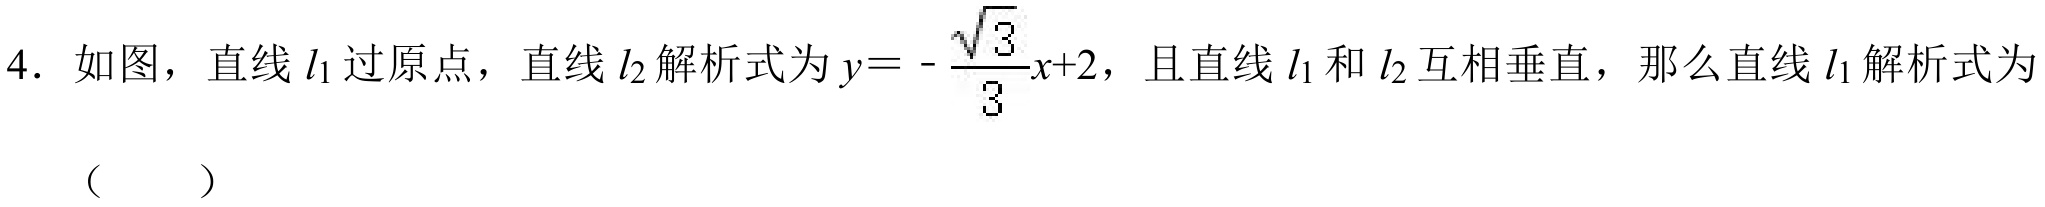
4. 如图，直线\(l_{1}\)过原点，直线\(l_{2}\)解析式为\(y = -\frac{\sqrt{3}}{3}x + 2\)，且直线\(l_{1}\)和\(l_{2}\)互相垂直，那么直线\(l_{1}\)解析式为（  ）